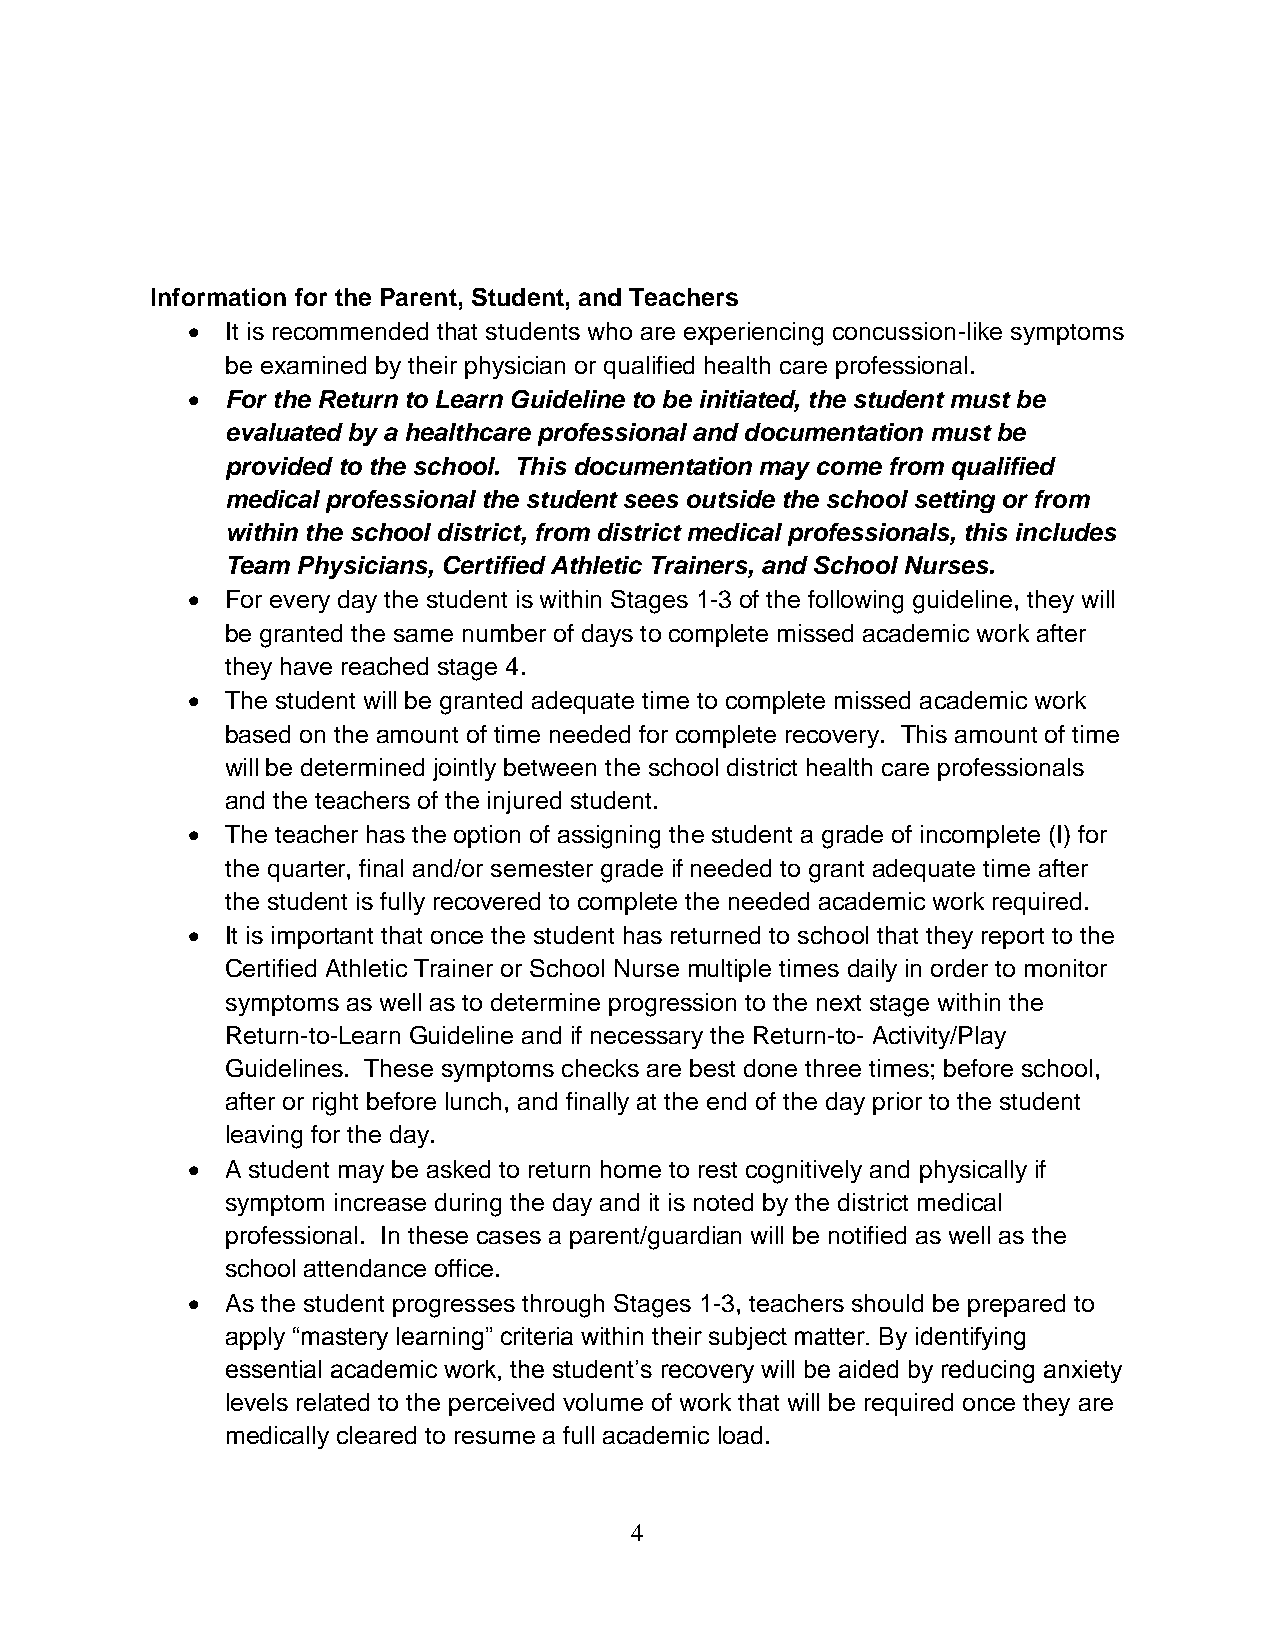
Information for the Parent, Student, and Teachers
   It is recommended that students who are experiencing concussion-like symptoms
 be examined by their physician or qualified health care professional.
   For the Return to Learn Guideline to be initiated, the student must be
 evaluated by a healthcare professional and documentation must be
 provided to the school. This documentation may come from qualified
 medical professional the student sees outside the school setting or from
 within the school district, from district medical professionals, this includes
 Team Physicians, Certified Athletic Trainers, and School Nurses.
   For every day the student is within Stages 1-3 of the following guideline, they will
 be granted the same number of days to complete missed academic work after
 they have reached stage 4.
   The student will be granted adequate time to complete missed academic work
 based on the amount of time needed for complete recovery. This amount of time
 will be determined jointly between the school district health care professionals
 and the teachers of the injured student.
   The teacher has the option of assigning the student a grade of incomplete (I) for
 the quarter, final and/or semester grade if needed to grant adequate time after
 the student is fully recovered to complete the needed academic work required.
   It is important that once the student has returned to school that they report to the
 Certified Athletic Trainer or School Nurse multiple times daily in order to monitor
 symptoms as well as to determine progression to the next stage within the
 Return-to-Learn Guideline and if necessary the Return-to- Activity/Play
 Guidelines. These symptoms checks are best done three times; before school,
 after or right before lunch, and finally at the end of the day prior to the student
 leaving for the day.
   A student may be asked to return home to rest cognitively and physically if
 symptom increase during the day and it is noted by the district medical
 professional. In these cases a parent/guardian will be notified as well as the
 school attendance office.
   As the student progresses through Stages 1-3, teachers should be prepared to
 apply “mastery learning” criteria within their subject matter. By identifying
 essential academic work, the student’s recovery will be aided by reducing anxiety
 levels related to the perceived volume of work that will be required once they are
 medically cleared to resume a full academic load.
 4